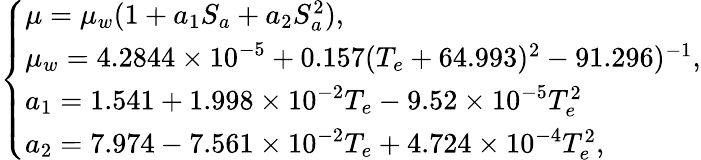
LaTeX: \left\{ \begin{array}{l}{\mu=\mu_{w}(1+a_{1}S_{a}+a_{2}S_{a}^{2}),}\\ {\mu_{w}=4.2844\times 10^{-5}+0.157(T_{e}+64.993)^{2}-91.296)^{-1},}\\ {a_{1}=1.541+1.998\times 10^{-2}T_{e}-9.52\times 10^{-5}T_{e}^{2}}\\ {a_{2}=7.974-7.561\times 10^{-2}T_{e}+4.724\times 10^{-4}T_{e}^{2},}\end{array}\right.